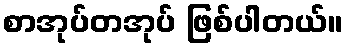
စာအုပ်တအုပ် ဖြစ်ပါတယ်။